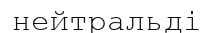
нейтральді